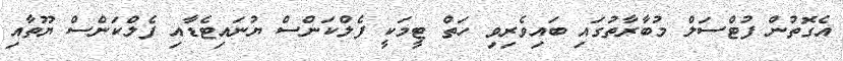
އެގޮތުން ފުޓްސަލް މުބާރާތުގައި ބައިވެރިވި ހަތް ޓީމަކީ ފެލްކަންސް ޔުނައިޓެޑާއި ފެލްކަންސް ޔޫތާއި